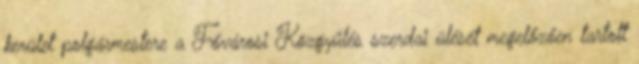
kerület polgármestere a Fővárosi Közgyűlés szerdai ülését megelőzően tartott